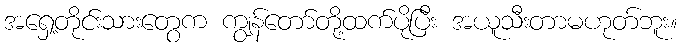
အရှေ့တိုင်းသားတွေက ကျွန်တော်တို့ထက်ပိုပြီး အယူသီးတာမဟုတ်ဘူး။